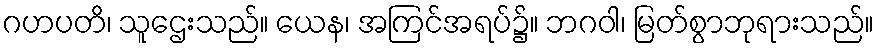
ဂဟပတိ၊ သူဌေးသည်။ ယေန၊ အကြင်အရပ်၌။ ဘဂဝါ၊ မြတ်စွာဘုရားသည်။